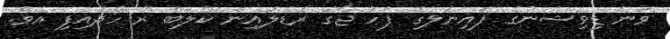
ވަނަ ޑިވިޝަނުގެ ފައިނަލުގެ ފަހު ޖާގަ ރެޑްލައިން ކްލަބް ރޭ ހޯދައިފި އެވެ.